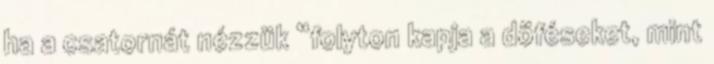
ha a csatornát nézzük “folyton kapja a döféseket, mint